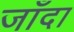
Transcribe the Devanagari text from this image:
जाँदा